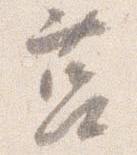
莒